Papers set at the Examination for Leaving Certificates, 1892
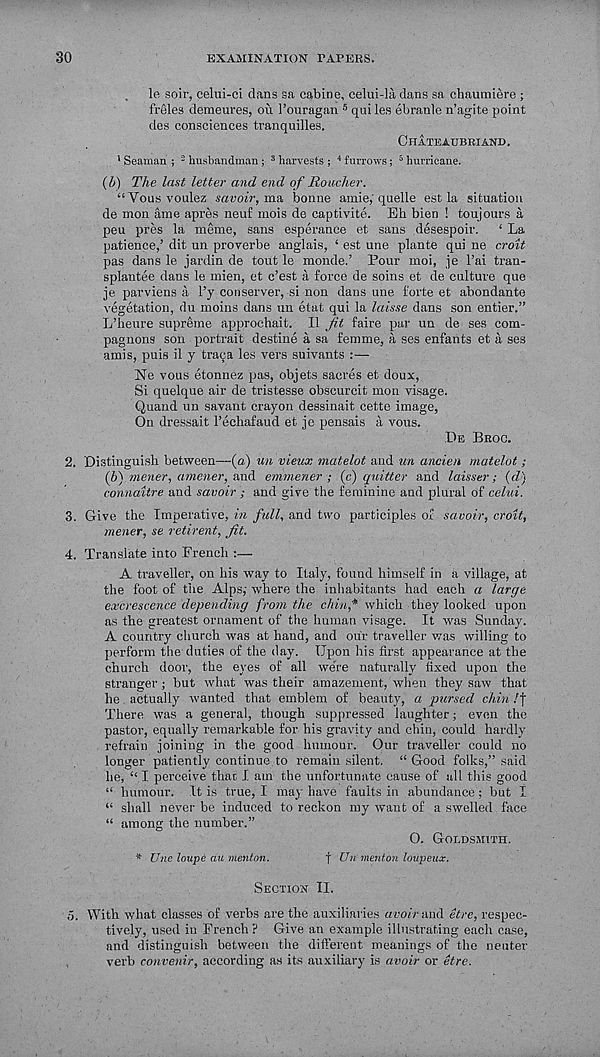
30
EXAMINATION TAPERS.
le soir, celui-ci clans sa cabin e, celui-la dans sa chaumiere ;
freles demeures, oii 1’ouragan 5 quiles ebranle n’agite point
des consciences tranquilles.
CHATEAUBRIAND.
’ Seaman ; - husbandman;
3 harvests ;
4 furrows;
5 hurricane.
(b) The last letter and end of Roucher.
“Vous voulez savoir, ma bonne amie,'quelle est la situation
de mon ame apres neuf mois de captivite. Eh bien ! toujours a
peu pres la meme, sans esperance et sans desespoir.
‘ La
patience,’ dit un proverbe anglais, ‘ est une plante qui ne croit
pas dans le jardin de tout le monde.’ Pour moi, je 1’ai tran-
splantee dans le mien, et c’est a force de soins et de culture que
je parviens a 1’y conserver, si non dans une forte et abondante
vegetation, du moins dans un etat qui la laisse dans son entier.”
L’heure supreme approchait. II fit faire par un de ses eom-
pagnons son portrait destine a sa femme, a ses enfants et a ses
amis, puis il y traija les vers suivants :—
Ne vous etonnez pas, objets sacres et doux,
Si quelque air de tristesse obscurcit mon visage.
Quand un savant crayon dessinait cette image,
On dressait I’echafaud et je pensais a vous.
,OE BROC.
2. Distinguish between—(a) un vieux matelot and un ancien matelot;
(b) mener, amener, and enimener ; (c) quitter and laisser; (d)
connaitre and savoir ; and give the feminine and plural of celui.
3. Give the Imperative, in full, and two participles of savoir, croit,
metier, se reticent, Jit.
4. Translate into French :—
A traveller, on his way to Italy, found himself in a village, at
the foot of the Alps,- where the inhabitants had each a large
excrescence depending from the chin,* which they looked upon
as the greatest ornament of the human visage. It was Sunday.
A country church was at hand, and our traveller was willing to
perform the duties of the day. Upon his first appearance at the
church door, the eyes of all were naturally fixed upon the
stranger ; but what was their amazement, when they saw that
he actually wanted that emblem of beauty, a pursed chin /j"
There was a general, though suppressed laughter; even the
pastor, equally remarkable for his gravity and chin, could hardly
refrain joining in the good humour. Our traveller could no
longer patiently continue to remain silent. “ Good folks,” said
he, “ I perceive time I am the unfortunate cause of all this good
“ humour. It is true, I ma)- have faults in abundance ; but I
“ shall never be induced to reckon my want of a swelled face
“ among the number.”
O. GOLDSMITH.
* Une loupe an menton.
j Un menton loupeux.
SECTION II.
o. With what classes of verbs are the auxiliaries avoir and etre, respec-
tively, used in French ? Give an example illustrating each case,
and distinguish between the different meanings of the neuter
verb convenir, according as its auxiliary is avoir or etre.